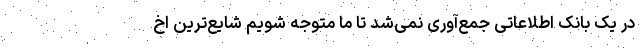
در یک بانک اطلاعاتی جمع‌آوری نمی‌شد تا ما متوجه شویم شایع‌ترین اخ